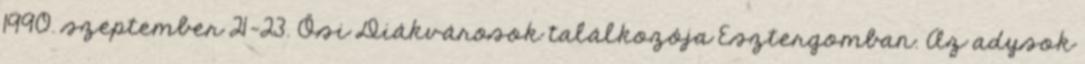
1990. szeptember 21-23. Ősi Diákvárosok találkozója Esztergomban. Az adysok